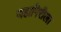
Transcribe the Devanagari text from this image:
जहागिरीला